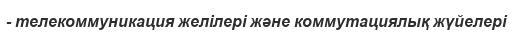
- телекоммуникация желілері және коммутациялық жүйелері